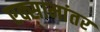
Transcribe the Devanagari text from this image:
एक्सामांतर